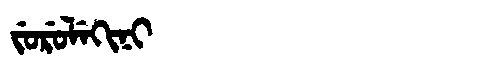
Manchu: ᠵᡠᡵᡠᠯᡝᡴᡳᠨᡳ
Romanization: JURULEKINI